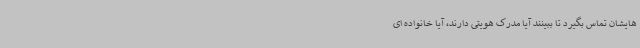
هایشان تماس بگیرد تا ببینند آیا مدرک هویتی دارند، آیا خانواده ای